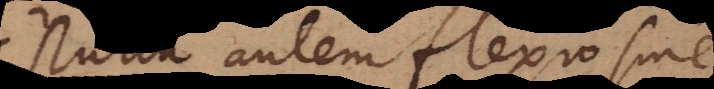
Nulla autem flexio sine